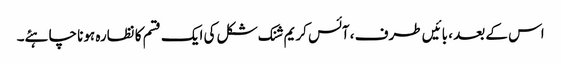
اس کے بعد ، بائیں طرف ، آئس کریم شنک شکل کی ایک قسم کا نظارہ ہونا چاہئے۔